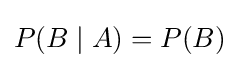
P(B\mid A)=P(B)